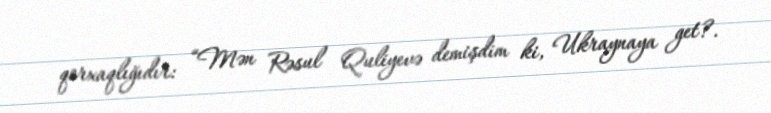
qorxaqlığıdır: “Mən Rəsul Quliyevə demişdim ki, Ukraynaya get?.